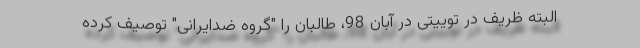
البته ظریف در توییتی در آبان 98، طالبان را "گروه ضدایرانی" توصیف کرده